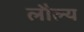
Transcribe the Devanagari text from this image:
लौल्य